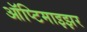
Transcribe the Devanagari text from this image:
ऑप्टिमाइझर